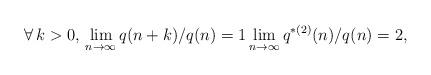
LaTeX: \begin{align*} \forall\, k>0,\, \lim_{n\to\infty}q(n+k)/q(n)=1 \lim_{n\to\infty}q^{*(2)}(n)/q(n)=2, \end{align*}